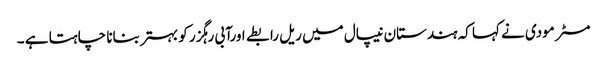
مسٹر مودی نے کہا کہ ہندستان نیپال میں ریل رابطے اورآبی رہگزر کو بہتر بنانا چاہتا ہے ۔